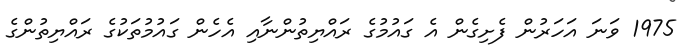
1975 ވަނަ އަހަރުން ފެށިގެން އެ ގައުމުގެ ރައްޔިތުންނާއި އެހެން ގައުމުތަކުގެ ރައްޔިތުންގެ